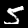
Label: 5